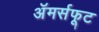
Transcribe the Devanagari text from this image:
अॅमर्सफूट